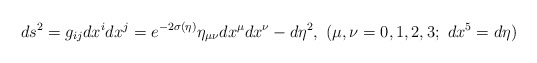
\begin{align*}ds^2=g_{ij}dx^idx^j=e^{-2\sigma(\eta)}\eta_{\mu\nu}dx^\mu dx^\nu-d\eta^2,~(\mu,\nu=0,1,2,3;~dx^5=d\eta ) \end{align*}